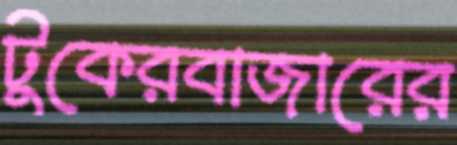
টুকেরবাজারের